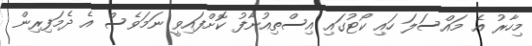
މިހާރު އެ މައްސަލަ ހައި ކޯޓުގައި އިސްތިއުނާފު ކޮށްފައިވީ ނަމަވެސް އެ ދެމަފިރިން